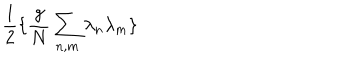
LaTeX: \frac { 1 } { 2 } \{ \frac { g } { N } \sum _ { n , m } \lambda _ { n } \lambda _ { m } \}